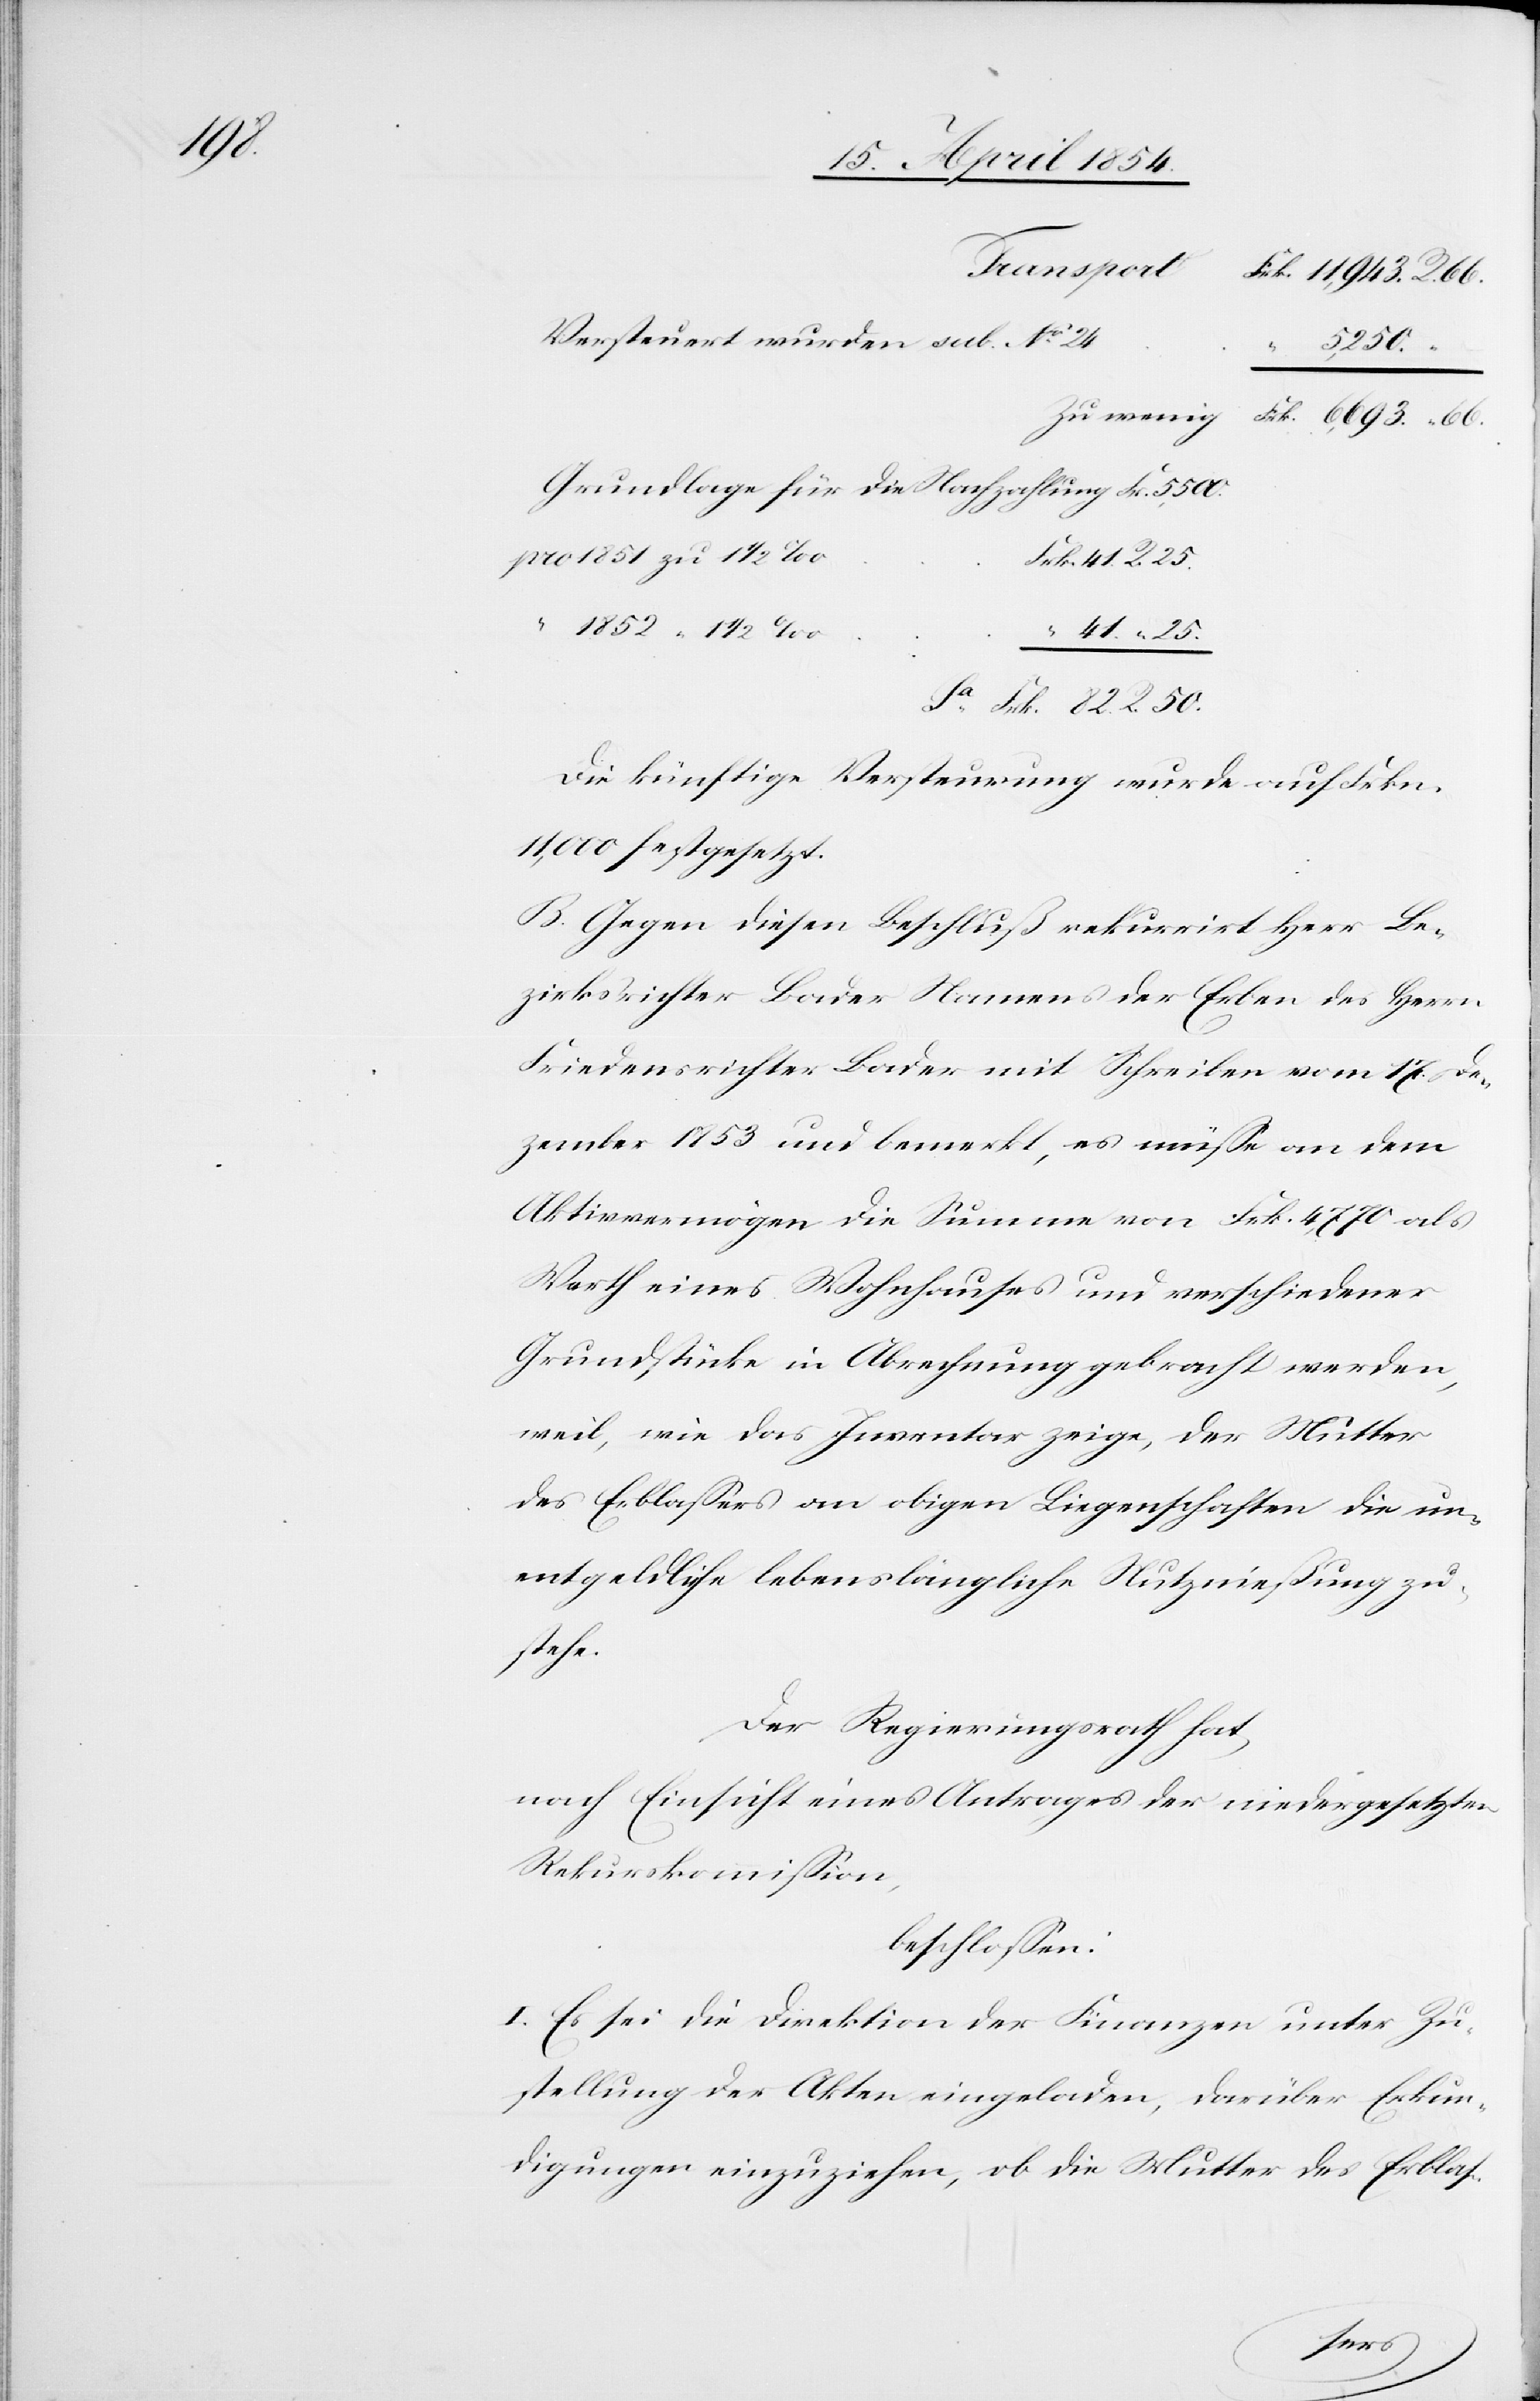
41.

Transport
Versteuert wurden sub. No 24
5,500.
R.
Die künftige Versteurung wurde auf Frkn.
11,000 festgesetzt.
B. Gegen diesen Beschluß rekurrirt Herr Be¬
zirksrichter Bader Namens der Erben des Herrn
Friedensrichter Bader mit Schreiben vom 17. De¬
zember 1853 und bemerkt, es müße an dem
Aktivvermögen die Summe von Frk. 4,770 als
Werth eines Wohnhauses und verschiedener
Grundstücke in Abrechnung gebracht werden,
weil, wie das Inventar zeige, der Mutter
des Erblaßers an obigen Liegenschaften die un¬
entgeldliche lebenslängliche Nutznießung zu¬
stehe.
Der Regierungsrath hat,
50.
nach Einsicht eines Antrages der niedergesetzten
Rekurskommißion,
beschloßen:
I. Es sei die Direktion der Finanzen unter Zu¬
stellung der Akten eingeladen, darüber Erkun¬
digungen einzuziehen, ob die Mutter des Erblas-
Frk.